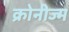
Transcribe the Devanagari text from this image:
क्रोनीज्म